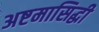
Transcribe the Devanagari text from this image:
अष्टमासिद्धी